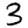
Digit: 3